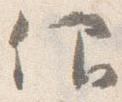
仰